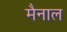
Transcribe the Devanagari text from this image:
मैनाल